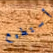
أستطيع